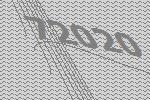
72020